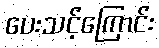
ပေးသင့်ကြောင်း